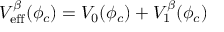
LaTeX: V _ { \mathrm { e f f } } ^ { \beta } ( \phi _ { c } ) = V _ { 0 } ( \phi _ { c } ) + V _ { 1 } ^ { \beta } ( \phi _ { c } )